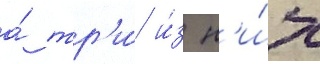
а́ тр'и́ и́з н'и́х